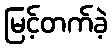
မြင့်တက်ခဲ့